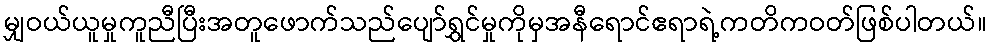
မျှဝယ်ယူမှုကူညီပြီးအတူဖောက်သည်ပျော်ရွှင်မှုကိုမှအနီရောင်ဧရာရဲ့ကတိကဝတ်ဖြစ်ပါတယ်။